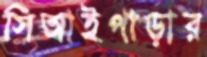
সিআইপাড়ার